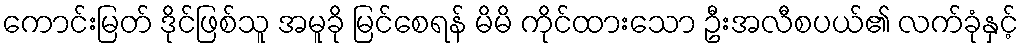
ကောင်းမြတ် ဒိုင်ဖြစ်သူ အမူခို မြင်စေရန် မိမိ ကိုင်ထားသော ဦးအလီစပယ်၏ လက်ခုံနှင့်